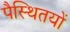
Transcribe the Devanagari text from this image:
पैस्थितयों